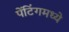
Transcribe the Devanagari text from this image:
पेंटिंगमध्ये